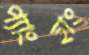
প্যাংহাং